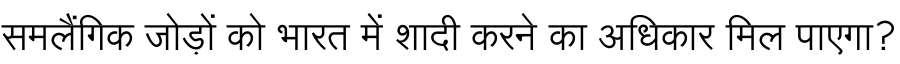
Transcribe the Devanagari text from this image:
समलैंगिक जोड़ों को भारत में शादी करने का अधिकार मिल पाएगा?